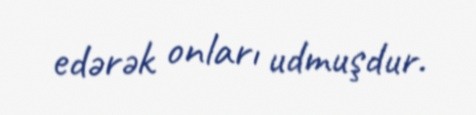
edərək onları udmuşdur.